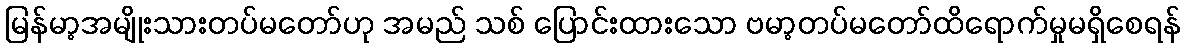
မြန်မာ့အမျိုးသားတပ်မတော်ဟု အမည် သစ် ပြောင်းထားသော ဗမာ့တပ်မတော်ထိရောက်မှုမရှိစေရန်